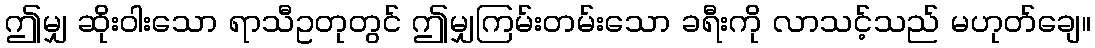
ဤမျှ ဆိုးဝါးသော ရာသီဥတုတွင် ဤမျှကြမ်းတမ်းသော ခရီးကို လာသင့်သည် မဟုတ်ချေ။